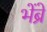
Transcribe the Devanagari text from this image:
भेंब्रे